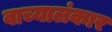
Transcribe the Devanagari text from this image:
वाच्यालंकार